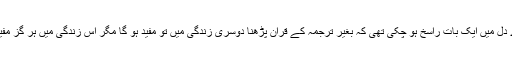
مگر میرے دل میں ایک بات راسخ ہو چکی تھی کہ بغیر ترجمہ کے قرآن پڑھنا دوسری زندگی میں تو مفید ہو گا مگر اس زندگی میں ہر گز مفید نہیں ہے۔